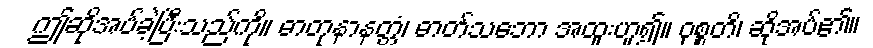
ဤဆိုအပ်ခဲ့ပြီးသည်ကို။ ဓာတုနာနတ္တံ၊ ဓာတ်သဘော အထူးဟူ၍။ ဝုစ္စတိ၊ ဆိုအပ်၏။